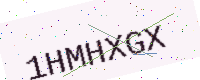
Text: 1HMHXGX